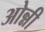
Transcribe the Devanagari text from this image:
ओन्नी